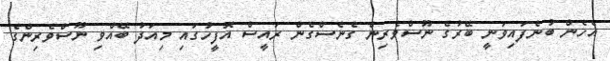
އެހެން ބުނެފައިވަނީ ބޭރުގެ ނޫސްވެރިން ގެނެސްގެން ރައީސް އޮފީހުގައި މިއަދު ބޭއްވި ނޫސްވެރިންގެ